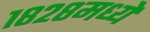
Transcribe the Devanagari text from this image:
१८२८मध्ये